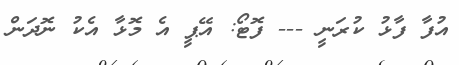
އުފާ ފާޅު ކުރަނީ --- ފޮޓޯ: އޭޕީ އެ މޮޅާ އެކު ނޮދަން